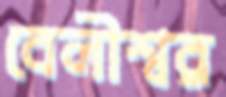
বেলীশ্বর